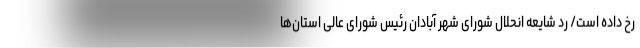
رخ داده است/ رد شایعه انحلال شورای شهر آبادان رئیس شورای عالی استان‌ها